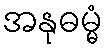
အနုဓမ္မံ